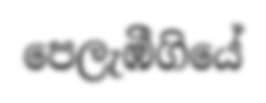
පෙලැඹීගියේ